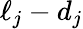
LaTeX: \ell_{j}-d_{j}